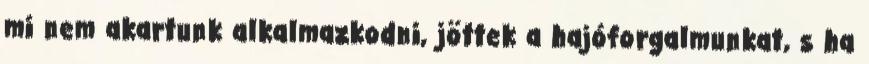
mi nem akartunk alkalmazkodni, jöttek a hajóforgalmunkat, s ha